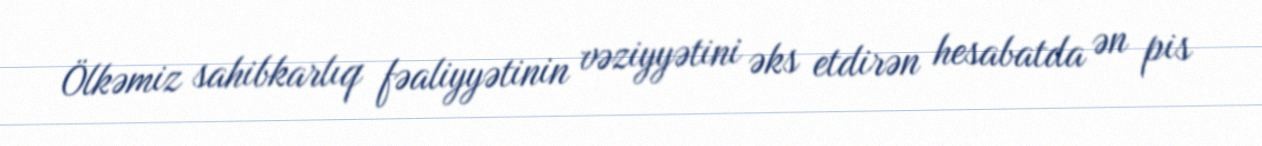
Ölkəmiz sahibkarlıq fəaliyyətinin vəziyyətini əks etdirən hesabatda ən pis